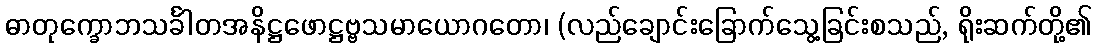
ဓာတုက္ခောဘသင်္ခါတအနိဋ္ဌဖောဋ္ဌဗ္ဗသမာယောဂတော၊ (လည်ချောင်းခြောက်သွေ့ခြင်းစသည်, ရိုးဆက်တို့၏